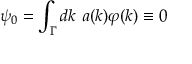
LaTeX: \psi _ { 0 } = \int _ { \Gamma } d k ~ a ( k ) \varphi ( k ) \equiv 0